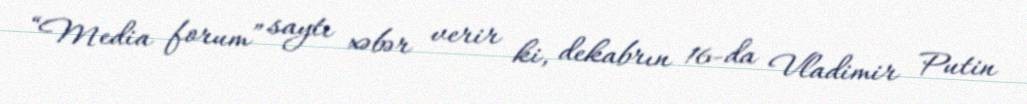
“Media forum” saytı xəbər verir ki, dekabrın 16-da Vladimir Putin